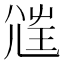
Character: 𡯲